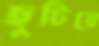
ছুটিয়ে